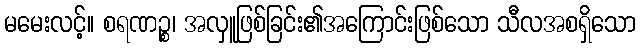
မမေးလင့်။ စရဏဉ္စ၊ အလှူဖြစ်ခြင်း၏အကြောင်းဖြစ်သော သီလအစရှိသော